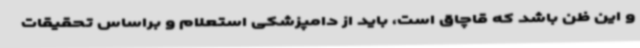
و این ظن باشد که قاچاق است، باید از دامپزشکی استعلام و براساس تحقیقات